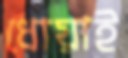
ধোয়াই